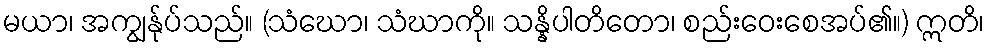
မယာ၊ အကျွန်ုပ်သည်။ (သံဃော၊ သံဃာကို။ သန္နိပါတိတော၊ စည်းဝေးစေအပ်၏။) ဣတိ၊